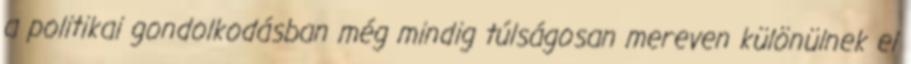
a politikai gondolkodásban még mindig túlságosan mereven különülnek el